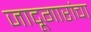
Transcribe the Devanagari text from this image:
जादूगारांचा